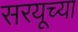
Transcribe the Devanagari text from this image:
सरयूच्या